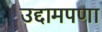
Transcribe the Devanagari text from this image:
उद्दामपणा